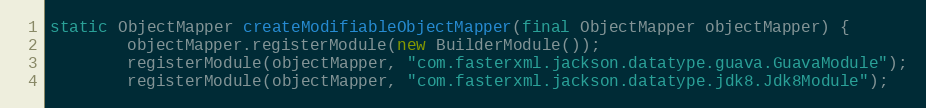
Language: Java
static ObjectMapper createModifiableObjectMapper(final ObjectMapper objectMapper) {
        objectMapper.registerModule(new BuilderModule());
        registerModule(objectMapper, "com.fasterxml.jackson.datatype.guava.GuavaModule");
        registerModule(objectMapper, "com.fasterxml.jackson.datatype.jdk8.Jdk8Module");